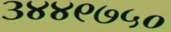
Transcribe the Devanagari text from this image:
३४४९७५०